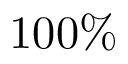
1 0 0 \%